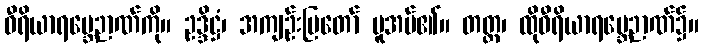
ဝီရိယာရမ္ဘေဉာဏ်ကို။ ဥဒ္ဒိဋ္ဌံ၊ အကျဉ်းပြတော် မူအပ်၏။ တတ္ထ၊ ထိုဝီရိယာရမ္ဘေဉာဏ်၌။